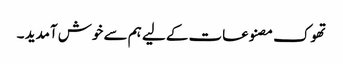
تھوک مصنوعات کے لیے ہم سے خوش آمدید ۔